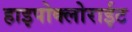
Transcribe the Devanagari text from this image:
हाइपोक्लोराईट